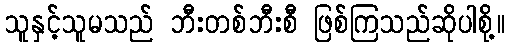
သူနှင့်သူမသည် ဘီးတစ်ဘီးစီ ဖြစ်ကြသည်ဆိုပါစို့။